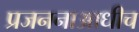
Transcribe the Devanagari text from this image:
प्रजननाआधीच